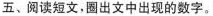
五、阅读短文,圈出文中出现的数字。